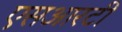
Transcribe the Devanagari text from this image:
एसआरटी